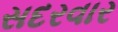
સદરવાર